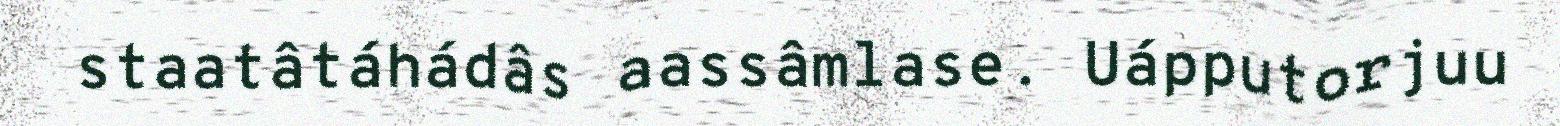
staatâtáhádâs aassâmlase. Uápputorjuu